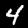
Label: 4